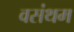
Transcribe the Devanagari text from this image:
वसंथम